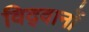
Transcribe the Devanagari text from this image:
विद्‍वानों